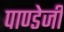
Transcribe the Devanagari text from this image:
पाण्डेजी